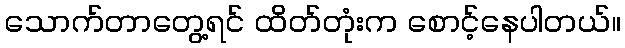
သောက်တာတွေ့ရင် ထိတ်တုံးက စောင့်နေပါတယ်။